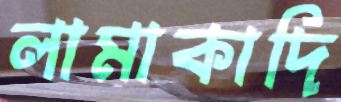
লামাকাদি